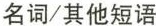
名词/其他短语